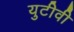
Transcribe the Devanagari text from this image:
युटीवी